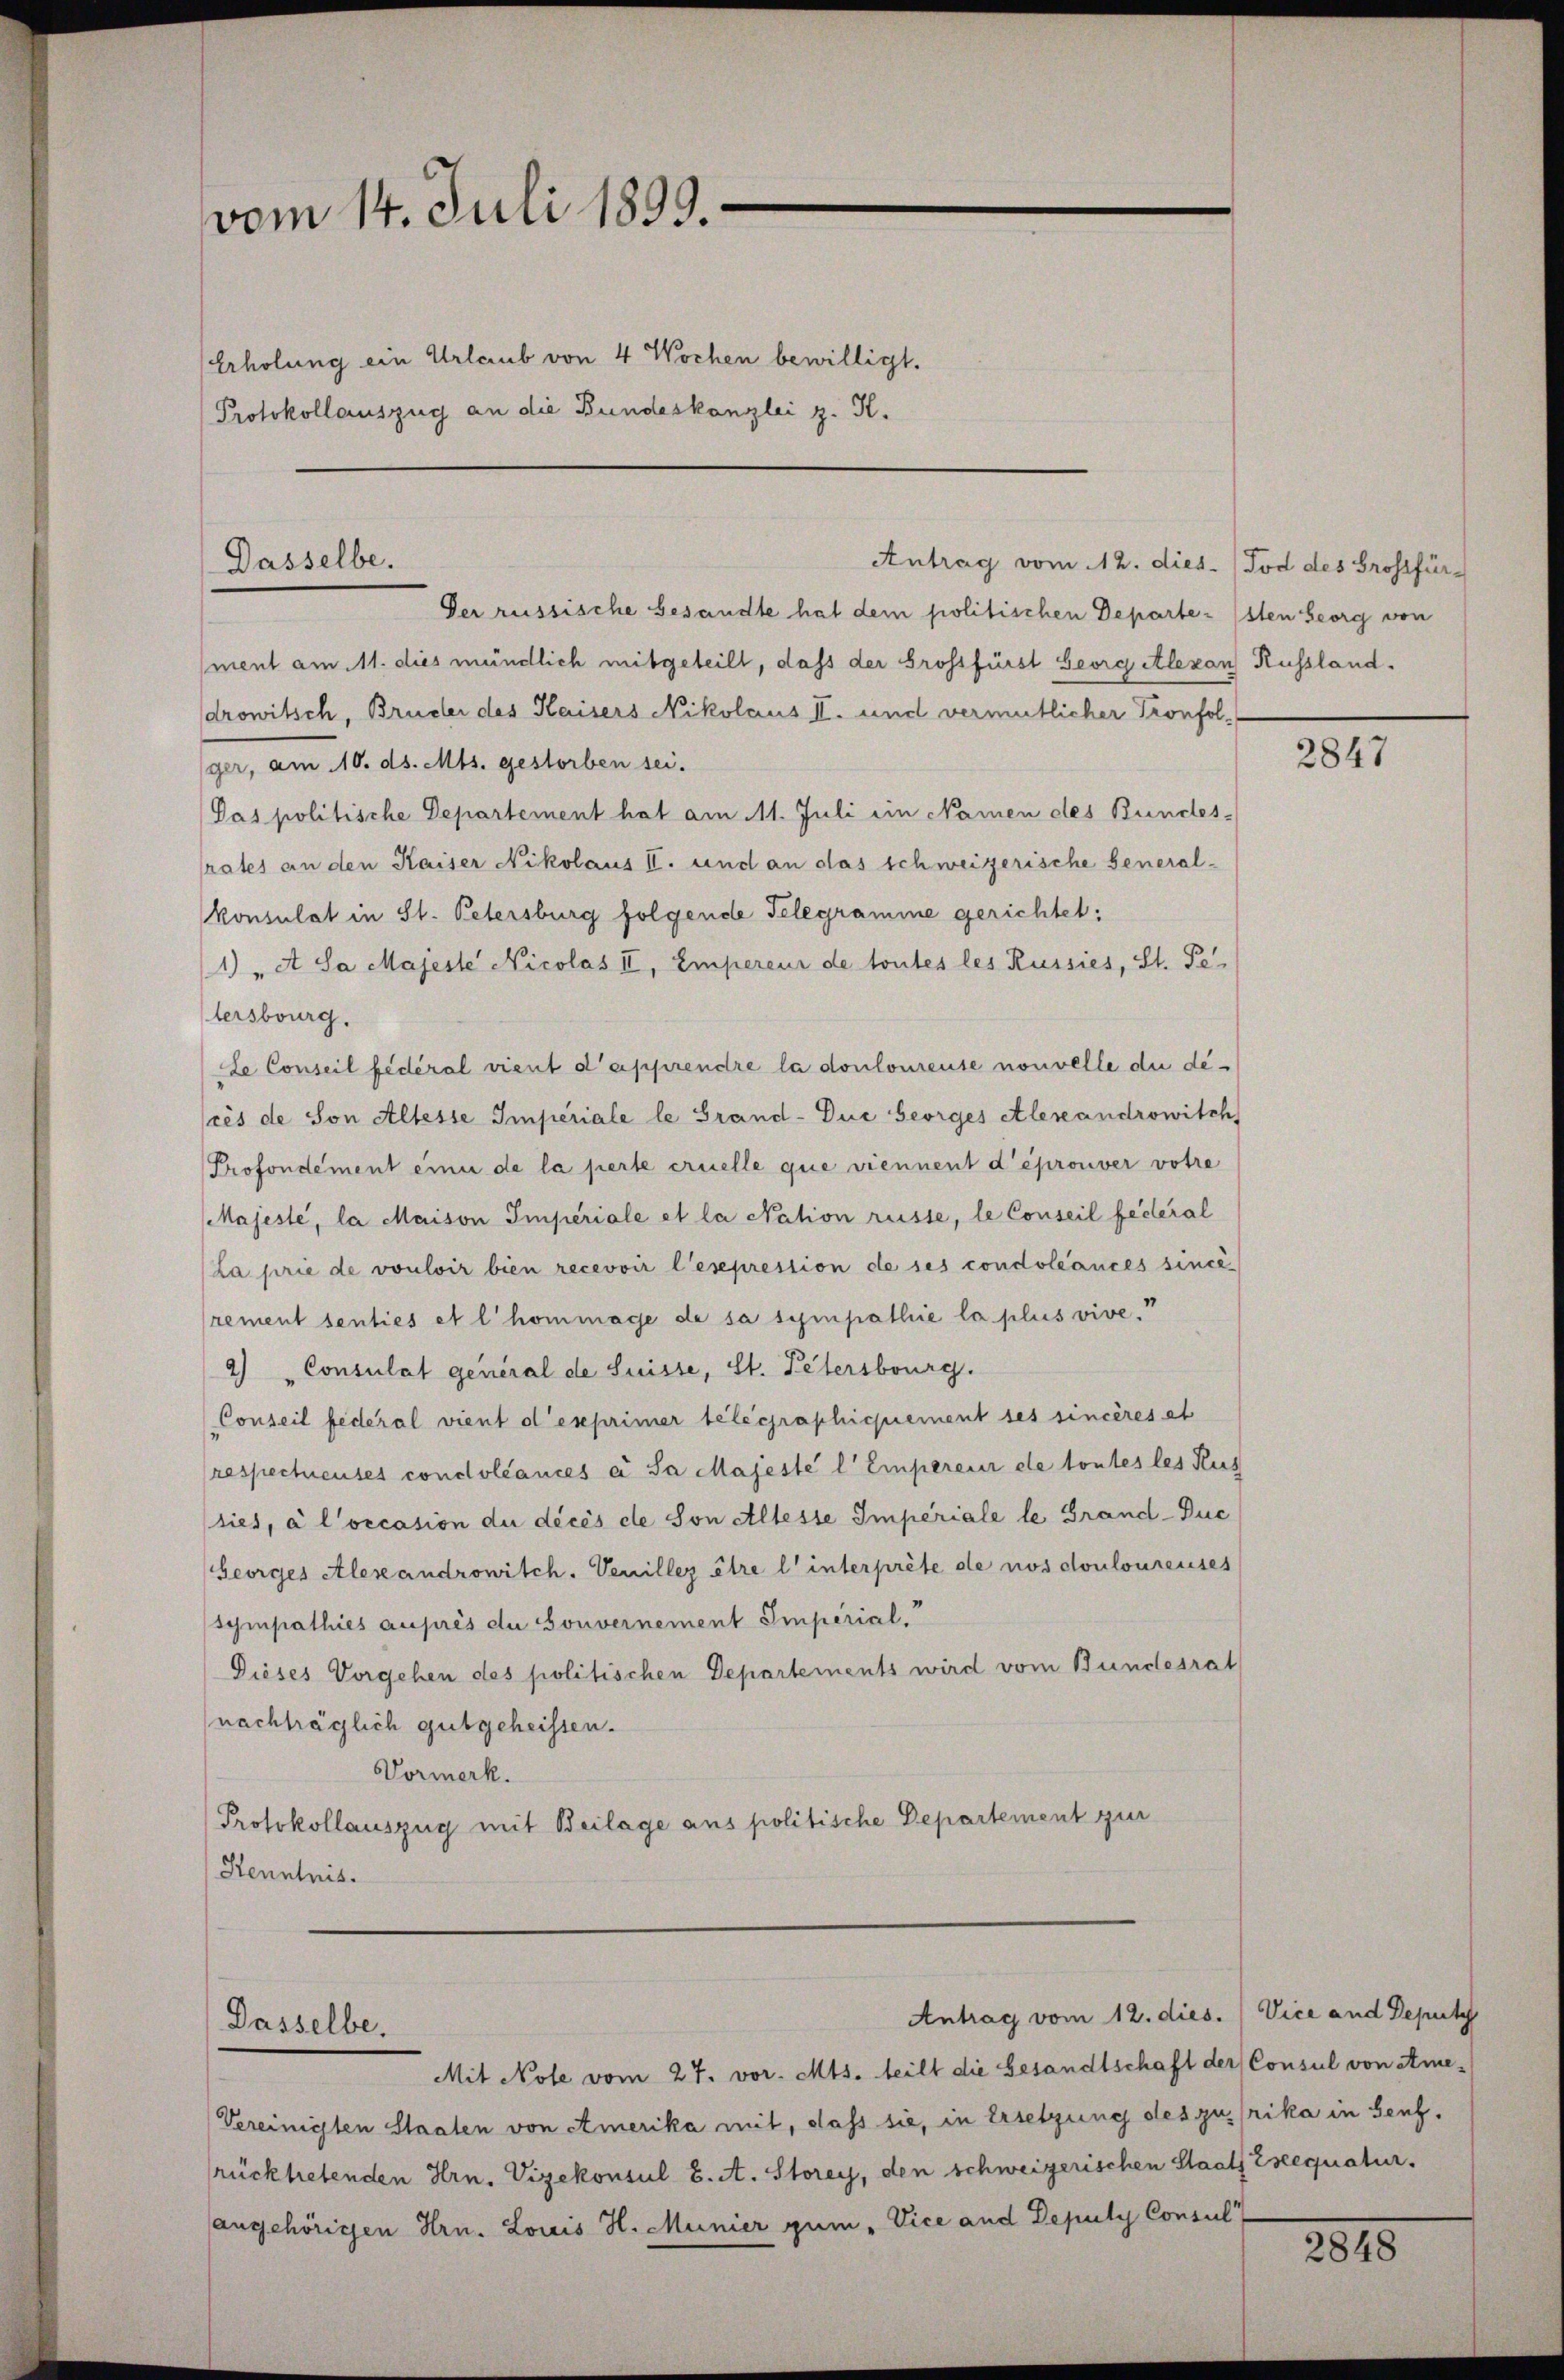
vom 14. Juli 1899.
Erholung ein Urlaub von 4 Wochen bewilligt.
Protokollauszug an die Bundeskanzlei z. K.

Dasselbe.

Dasselbe.

Antrag vom 12. dies. (Tod des Grossfür-

Der russische Gesandte hat dem politischen Departe (sten Georg von
ment am 11. dies mündlich mitgeteilt, dass der Grossfürst Georg Alexan Russland.
drowitsch, Brücher des Kaisers Nikolaus II. und vermutlicher Pronfolger, am 10. ds. Mts. gestorben sei.
Pas politische Departement hat am 11. Juli ein Namen des Bundes-
rates an den Kaiser Nikolaus I. und an das schweizerische General-
konsulat in St. Petersburg folgende Telegramme gerichtet:
1) „A Sa Majeste Nicolas II, Empereur de toutes les Russies, St. Pe-
tersburg.
Le Conseil fédéral vient d’apprendre la donlourente nouvelle du dé-
cès de Son Altesse Imperiale le Grand- Die Georges Alexandrowitch
Profondement einer de la perte cruelle que viennent d’éprouver votre
Majeste, la Maison Imperiale et la Nation russe, le Conseil fédéral
La prie de vouloir bien recevoir l’esepression de ses condoléances sincè
rement senties et l’hommage de sa sympathie la plus vive.
2) „Consulat general de Suisse, St. Petersburg.
Conseil federal vient d’exprimer telegraphiquement ses sincères ab
respecteuses condoléances a Sa Majeste l'Empereur de toutes les Rus
ties, à l’occasion du décès de son Allesse Imperiale le Grand-Duc
Georges Alexandrowitch. Venillez être l’interprete de nos douloureuses
sympathies auprès du Souvernement Imperial.
Dieses Vorgehen des politischen Departements wird vom Bundesrat
nachträglich gutgeheissen.
Vormerk.
Protokollauszug mit Beilage aus politische Departement zur
Kenntnis.

Mit Note vom 27. vor. Mts. teilt die Gesandtschaft der Consul von Ame-
Vereinigten Staaten von Amerika mit, dass sie, in Ersetzung des zufrika in Senf,
srücktretenden Hrn. Vizekonsul S. A. Storey, den schweizerischen Staats Eseequatur.
angehörigen Hrn. Louis H. Munier gum. Vice and Deputy Consul

2847

Antrag vom 12. dies. Vice and Deput

2015